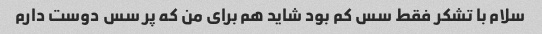
سلام با تشکر فقط سس کم بود شاید هم برای من که پر سس دوست دارم